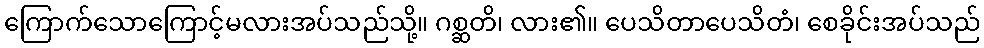
ကြောက်သောကြောင့်မလားအပ်သည်သို့။ ဂစ္ဆတိ၊ လား၏။ ပေသိတာပေသိတံ၊ စေခိုင်းအပ်သည်